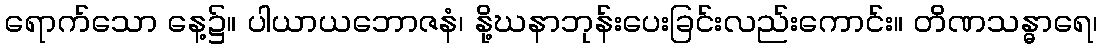
ရောက်သော နေ့၌။ ပါယာယဘောဇနံ၊ နို့ဃနာဘုန်းပေးခြင်းလည်းကောင်း။ တိဏသန္ဓာရေ၊